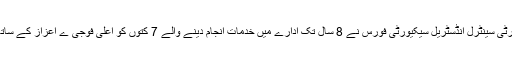
بھارتی میڈیا کے مطابق سیکیورٹی سینٹرل انڈسٹریل سیکیورٹی فورس نے 8 سال تک ادارے میں خدمات انجام دینے والے 7 کتوں کو اعلیٰ فوجی ے اعزاز کے ساتھ ملازمت سے سبکدوش کردیا۔